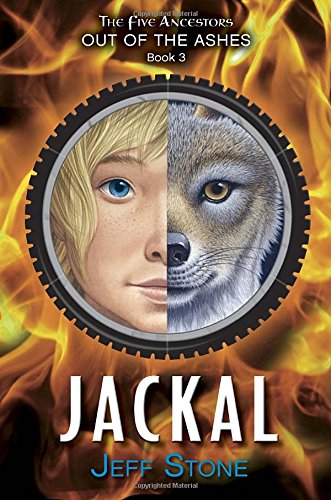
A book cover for Five Ancestors Out of the Ashes #3: Jackal; Jeff Stone; Children's Books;